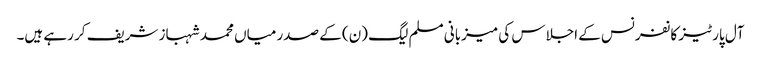
آل پارٹیز کانفرنس کے اجلاس کی میزبانی مسلم لیگ (ن) کے صدر میاں محمد شہباز شریف کر رہے ہیں۔